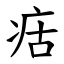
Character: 㽽